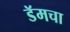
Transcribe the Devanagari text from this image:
डॅमचा